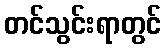
တင်သွင်းရာတွင်